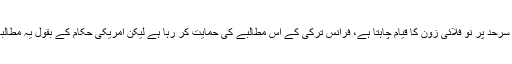
ترکی شام سے ملحقہ اپنی سرحد پر نو فلائی زون کا قیام چاہتا ہے، فرانس ترکی کے اس مطالبے کی حمایت کر رہا ہے لیکن امریکی حکام کے بقول یہ مطالبہ فی الحال زیر غور نہیں۔